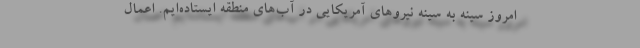
امروز سینه به سینه نیروهای آمریکایی در آب‌های منطقه ایستاده‌ایم. اعمال